Annual administration report of the Civil Veterinary Department, Sind - 1942-1943
Year: 1942
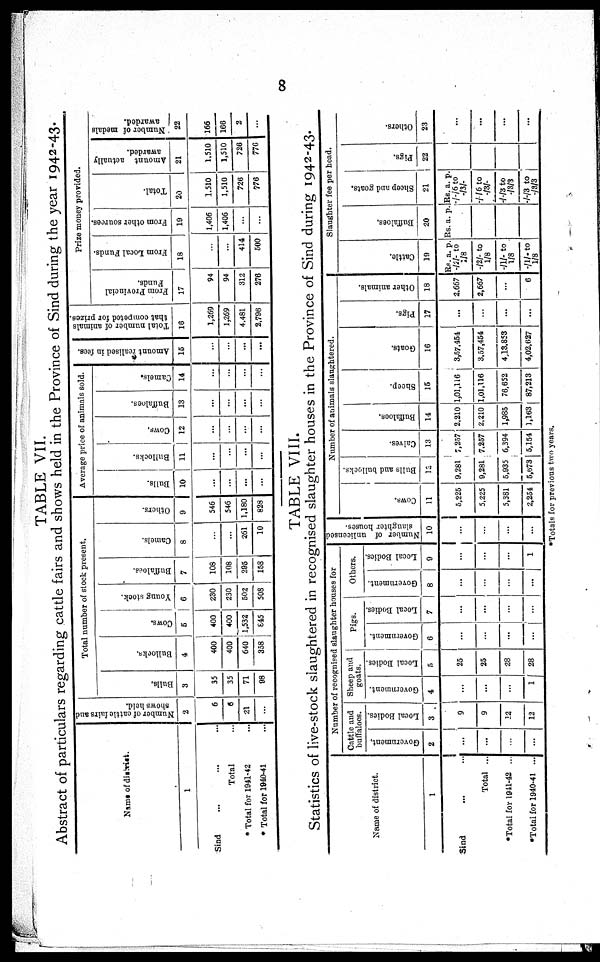
8
TABLE VII.
Abstract of particulars regarding cattle fairs and shows held in the Province of Sind during the year 1942-43.
Name of district.
1
Sind ... ... ...
Total ...
* Total for 1941-42 ...
* Total for 1940-41 ...
Number of cattle fairs and
shows held.
2
6
6
21
...
Total number of slock present.
Bulls.
3
35
35
71
98
Bullocks.
4
400
400
640
358
Cows.
5
400
400
1,532
645
Young stock.
6
230
230
502
508
Buffaloes.
7
108
108
206
158
Camels.
8
...
...
261
10
Others.
9
546
546
1,180
828
Average price of animals sold.
Bulls.
10
...
...
...
...
Bullocks.
11
...
...
...
...
Cows.
12
...
...
...
...
Buffaloes.
13
...
...
...
...
Camels.
14
...
...
...
...
Amount realised in fees.
15
...
...
...
...
Total number of animals
that competed for prizes.
16
1,269
1,269
4,481
2,796
Prize money provided.
From Provincial
Funds.
17
94
94
312
276
From Local Funds.
18
...
...
414
500
From other sources.
19
1,406
1,406
...
...
Total.
20
1,510
1,510
726
776
Amount actually
awarded.
21
1,510
1,510
726
776
Number of medals
awarded.
22
166
166
2
...
TABLE VIII.
Statistics of live-stock slaughtered in recognised slaughter houses in the Province of Sind during 1942-43.
Name of district.
1
Sind ... ...
Total ...
*Total for 1941-42 ...
*Total for 1940-41 ...
Number of recognised slaughter houses for
Cattle and
buffaloes.
Government.
2
...
...
...
...
Local Bodies.
3
9
9
12
12
Sheep and
goats.
Government.
4
...
...
...
1
Local Bodies.
5
25
25
28
28
Pigs.
Government.
6
...
...
...
...
Local Bodies.
7
...
...
...
...
Others.
Government.
8
...
...
...
...
Local Bodies.
9
...
...
...
1
Number of unlicensed
slaughter houses.
10
...
...
...
...
Number of animals slaughtered.
Cows.
11
5,225
5,225
5,381
2,254
Bulls and bullocks.
12
9,281
9,281
5,935
5,673
Calves.
13
7,257
7.257
6,394
5,154
Buffaloes.
14
2,210
2.210
1,985
1,163
Sheep.
15
1,01,116
1,01,116
76,652
87,213
Goats.
16
3,57,454
3,57,454
4,13,853
4,02,627
Pigs.
17
...
...
...
...
Other animals.
18
2.667
2,667
...
6
Slaughter fee per head.
Cat t l e.
19
Rs. a. p.
-/2/- to
1/8
-/2/- to
1/8
-/1/- to
1/8
-/1/- to
1/8
Buf f
al oes .
20
Rs. a. p.
Sheep
and goats.
21
Rs. a. p.
-/-/6 to
-/3/-
-/ /6 to
-/3/-
-/-/3 to
-/3/3
-/-/3 to
-/3/3
Pigs.
22
Others.
23
...
...
...
...
*Totals for previous two years.